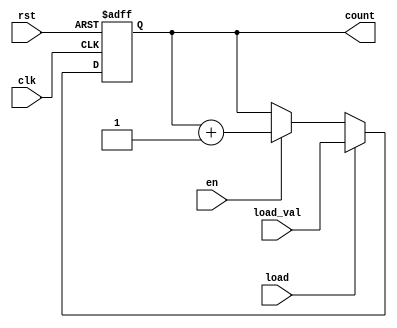
module synchronous_load_counter #(
    parameter N = 8 // Define the bit-width of the counter
)(
    input wire clk,              // Clock input
    input wire rst,              // Reset input (active high)
    input wire load,             // Load control signal
    input wire [N-1:0] load_val, // Value to load into the counter
    input wire en,               // Enable signal for counting
    output reg [N-1:0] count     // Current count value
);

    // Synchronous process for counter operation
    always @(posedge clk or posedge rst) begin
        if (rst) begin
            count <= 0; // Reset the counter to zero
        end else if (load) begin
            count <= load_val; // Load the external value into the counter
        end else if (en) begin
            count <= count + 1; // Increment the counter
        end
    end

endmodule